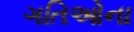
ગતિઓના